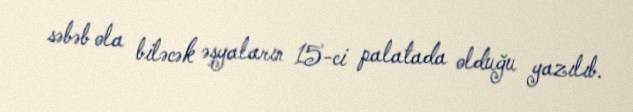
səbəb ola biləcək əşyaların 15-ci palatada olduğu yazılıb.